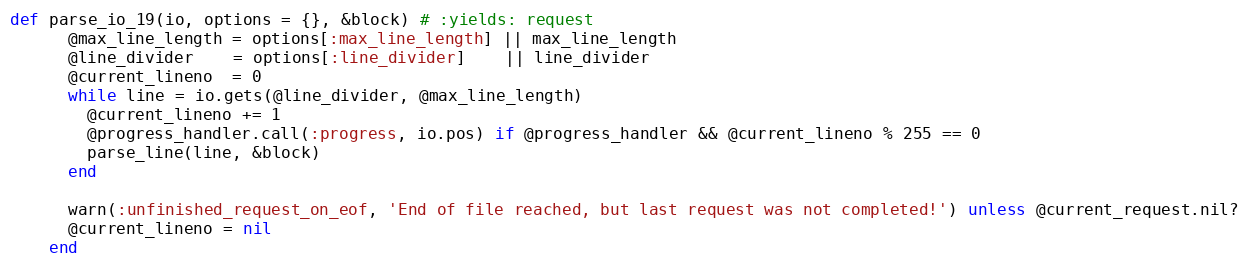
Language: Ruby
def parse_io_19(io, options = {}, &block) # :yields: request
      @max_line_length = options[:max_line_length] || max_line_length
      @line_divider    = options[:line_divider]    || line_divider
      @current_lineno  = 0
      while line = io.gets(@line_divider, @max_line_length)
        @current_lineno += 1
        @progress_handler.call(:progress, io.pos) if @progress_handler && @current_lineno % 255 == 0
        parse_line(line, &block)
      end

      warn(:unfinished_request_on_eof, 'End of file reached, but last request was not completed!') unless @current_request.nil?
      @current_lineno = nil
    end